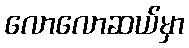
လောလောဆယ်မှာ